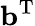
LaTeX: {\mathbf{b}}^{\mathrm{T}}